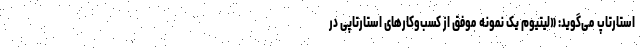
استارتاپ می‌گوید: «لیتیوم یک نمونه موفق از کسب‌وکارهای استارتاپی در